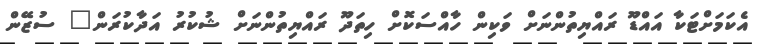
އެކަމަށްޓަކާ އައްޑޫ ރައްޔިތުންނަށް ވަކިން ހާއްސަކޮށް ހިތަދޫ ރައްޔިތުންނަށް ޝުކުރު އަދާކުރަން" ސުޒޭން